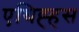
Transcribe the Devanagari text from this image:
एथिह्हस